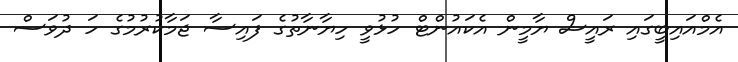
އެމްއައިބީގައި ރައީސް ޔާމީން އެކައުންޓް ހުޅުވީ ހިޔާނާތުގެ ފައިސާ ޖަމާކުރުމުގެ ހަ ދުވަސް